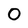
Character: 0